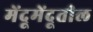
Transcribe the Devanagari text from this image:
मेंदूमेंदूतील